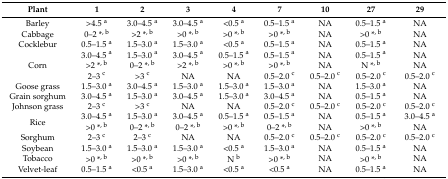
<table><thead><tr><td><b>Plant</b></td><td><b>1</b></td><td><b>2</b></td><td><b>3</b></td><td><b>4</b></td><td><b>7</b></td><td><b>10</b></td><td><b>27</b></td><td><b>29</b></td></tr></thead><tbody><tr><td>Barley</td><td>&gt;4.5 <sup>a</sup></td><td>3.0–4.5 <sup>a</sup></td><td>3.0–4.5 <sup>a</sup></td><td>&lt;0.5 <sup>a</sup></td><td>0.5–1.5 <sup>a</sup></td><td>NA</td><td>0.5–1.5 <sup>a</sup></td><td>NA</td></tr><tr><td>Cabbage</td><td>0–2 *<sup>, b</sup></td><td>&gt;2 *<sup>, b</sup></td><td>&gt;0 *<sup>, b</sup></td><td>&gt;0 *<sup>, b</sup></td><td>&gt;0 *<sup>, b</sup></td><td>NA</td><td>&gt;0 *<sup>, b</sup></td><td>NA</td></tr><tr><td>Cocklebur</td><td>0.5–1.5 <sup>a</sup></td><td>1.5–3.0 <sup>a</sup></td><td>1.5–3.0 <sup>a</sup></td><td>&lt;0.5 <sup>a</sup></td><td>0.5–1.5 <sup>a</sup></td><td>NA</td><td>0.5–1.5 <sup>a</sup></td><td>NA</td></tr><tr><td rowspan="3">Corn</td><td>3.0–4.5 <sup>a</sup></td><td>1.5–3.0 <sup>a</sup></td><td>3.0–4.5 <sup>a</sup></td><td>0.5–1.5 <sup>a</sup></td><td>0.5–1.5 <sup>a</sup></td><td>NA</td><td>0.5–1.5 <sup>a</sup></td><td>NA</td></tr><tr><td>&gt;2 *<sup>, b</sup></td><td>0–2 *<sup>, b</sup></td><td>&gt;2 *<sup>, b</sup></td><td>&gt;0 *<sup>, b</sup></td><td>&gt;0 *<sup>, b</sup></td><td>NA</td><td>N *<sup>, b</sup></td><td>NA</td></tr><tr><td>2–3 <sup>c</sup></td><td>&gt;3 <sup>c</sup></td><td>NA</td><td>NA</td><td>0.5–2.0 <sup>c</sup></td><td>0.5–2.0 <sup>c</sup></td><td>0.5–2.0 <sup>c</sup></td><td>0.5–2.0 <sup>c</sup></td></tr><tr><td>Goose grass</td><td>1.5–3.0 <sup>a</sup></td><td>3.0–4.5 <sup>a</sup></td><td>1.5–3.0 <sup>a</sup></td><td>1.5–3.0 <sup>a</sup></td><td>1.5–3.0 <sup>a</sup></td><td>NA</td><td>1.5–3.0 <sup>a</sup></td><td>NA</td></tr><tr><td>Grain sorghum</td><td>3.0–4.5 <sup>a</sup></td><td>1.5–3.0 <sup>a</sup></td><td>3.0–4.5 <sup>a</sup></td><td>1.5–3.0 <sup>a</sup></td><td>3.0–4.5 <sup>a</sup></td><td>NA</td><td>0.5–1.5 <sup>a</sup></td><td>NA</td></tr><tr><td>Johnson grass</td><td>2–3 <sup>c</sup></td><td>&gt;3 <sup>c</sup></td><td>NA</td><td>NA</td><td>0.5–2.0 <sup>c</sup></td><td>0.5–2.0 <sup>c</sup></td><td>0.5–2.0 <sup>c</sup></td><td>0.5–2.0 <sup>c</sup></td></tr><tr><td rowspan="2">Rice</td><td>3.0–4.5 <sup>a</sup></td><td>1.5–3.0 <sup>a</sup></td><td>3.0–4.5 <sup>a</sup></td><td>0.5–1.5 <sup>a</sup></td><td>0.5–1.5 <sup>a</sup></td><td>NA</td><td>0.5–1.5 <sup>a</sup></td><td>3.0–4.5 <sup>a</sup></td></tr><tr><td>&gt;0 *<sup>, b</sup></td><td>0–2 *<sup>, b</sup></td><td>0–2 *<sup>, b</sup></td><td>&gt;0 *<sup>, b</sup></td><td>0–2 *<sup>, b</sup></td><td>NA</td><td>&gt;0 *<sup>, b</sup></td><td>NA</td></tr><tr><td>Sorghum</td><td>2–3 <sup>c</sup></td><td>2–3 <sup>c</sup></td><td>NA</td><td>NA</td><td>0.5–2.0 <sup>c</sup></td><td>0.5–2.0 <sup>c</sup></td><td>0.5–2.0 <sup>c</sup></td><td>0.5–2.0 <sup>c</sup></td></tr><tr><td>Soybean</td><td>1.5–3.0 <sup>a</sup></td><td>1.5–3.0 <sup>a</sup></td><td>1.5–3.0 <sup>a</sup></td><td>&lt;0.5 <sup>a</sup></td><td>1.5–3.0 <sup>a</sup></td><td>NA</td><td>0.5–1.5 <sup>a</sup></td><td>NA</td></tr><tr><td>Tobacco</td><td>&gt;0 *<sup>, b</sup></td><td>&gt;0 *<sup>, b</sup></td><td>&gt;0 *<sup>, b</sup></td><td>N <sup>b</sup></td><td>&gt;0 *<sup>, b</sup></td><td>NA</td><td>&gt;0 *<sup>, b</sup></td><td>NA</td></tr><tr><td>Velvet-leaf</td><td>0.5–1.5 <sup>a</sup></td><td>&lt;0.5 <sup>a</sup></td><td>1.5–3.0 <sup>a</sup></td><td>&lt;0.5 <sup>a</sup></td><td>&lt;0.5 <sup>a</sup></td><td>NA</td><td>0.5–1.5 <sup>a</sup></td><td>NA</td></tr></tbody></table>